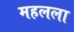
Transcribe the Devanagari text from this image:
महलला